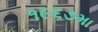
૧૯૬૭મા